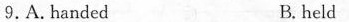
9.A.handed B.held